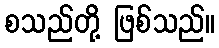
စသည်တို့ ဖြစ်သည်။